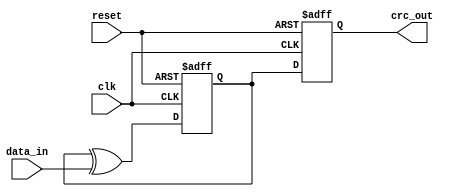
module crc_generator (
    input wire clk,         // Clock input
    input wire reset,       // Reset input
    input wire [7:0] data_in, // 8-bit data input
    output reg [7:0] crc_out // 8-bit CRC output
);
    parameter POLYNOMIAL = 8'h07; // CRC-8 polynomial (x^8 + x^2 + x + 1)
    reg [7:0] crc_register;       // CRC register

    always @(posedge clk or posedge reset) begin
        if (reset) begin
            crc_register <= 8'h00; // Initialize CRC register to 0 on reset
            crc_out <= 8'h00;      // Initialize CRC output to 0 on reset
        end else begin
            // Shift register and calculate CRC
            if (crc_register[7]) begin
                crc_register <= {crc_register[6:0], 1'b0} ^ POLYNOMIAL;
            end else begin
                crc_register <= crc_register << 1;
            end
            
            // XOR CRC with new data
            crc_register <= crc_register ^ data_in;
            crc_out <= crc_register; // Update CRC output
        end
    end
endmodule


// module crc_generator (
//     input wire clk,           // Clock input
//     input wire reset,         // Reset input
//     input wire [7:0] data_in, // 8-bit data input
//     output reg [7:0] crc_out  // 8-bit CRC output
// );

// reg [7:0] crc;

// // CRC-8 polynomial: x^8 + x^2 + x + 1 (0x07)

// // Sequential Feedback Implementation
// always @(posedge clk or posedge reset) begin
//     if (reset) begin
//         crc <= 8'b0; // Reset CRC
//     end else begin
//         crc <= crc ^ data_in;
//         crc <= {crc[6:0], 1'b0} ^ (crc[7] ? 8'b00000111 : 8'b0);
//         crc <= {crc[5:0], 2'b00} ^ (crc[6] ? 8'b00000111 : 8'b0);
//         crc <= {crc[4:0], 3'b000} ^ (crc[5] ? 8'b00000111 : 8'b0);
//         crc <= {crc[3:0], 4'b0000} ^ (crc[4] ? 8'b00000111 : 8'b0);
//         crc <= {crc[2:0], 5'b00000} ^ (crc[3] ? 8'b00000111 : 8'b0);
//         crc <= {crc[1:0], 6'b000000} ^ (crc[2] ? 8'b00000111 : 8'b0);
//         crc <= {crc[0], 7'b0000000} ^ (crc[1] ? 8'b00000111 : 8'b0);
//         crc_out <= crc;
//     end
// end

// /*
// // Iterative Shift and XOR Implementation (Compact Version)
// always @(posedge clk or posedge reset) begin
//     if (reset) begin
//         crc <= 8'b0; // Reset CRC
//     end else begin
//         integer i;
//         crc = crc ^ data_in; // XOR input data with current CRC
//         for (i = 0; i < 8; i = i + 1) begin
//             if (crc[7]) begin
//                 crc = (crc << 1) ^ 8'b00000111; // Apply feedback if MSB is 1
//             end else begin
//                 crc = crc << 1; // Shift left if MSB is 0
//             end
//         end
//         crc_out <= crc; // Update CRC output
//     end
// end
// */

// endmodule